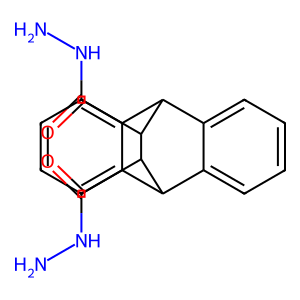
SMILES: NNC(=O)C1C2c3ccccc3C(c3ccccc32)C1C(=O)NN
Inhibits HIV replication: No